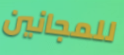
للمجانين